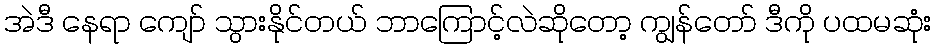
အဲဒီ နေရာ ကျော် သွားနိုင်တယ် ဘာကြောင့်လဲဆိုတော့ ကျွန်တော် ဒီကို ပထမဆုံး